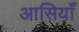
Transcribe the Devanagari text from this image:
आसियाँ